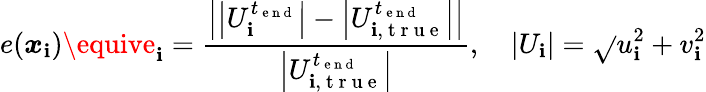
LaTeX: e(\boldsymbol{x}_{\mathbf{i}})\equive_{\mathbf{i}}=\frac{{\left|\left|U_{\mathbf{i}}^{t_{\mathrm{{~e~n~d~}}}}\right|-\left|U_{\mathbf{i},\mathrm{{~t~r~u~e~}}}^{t_{\mathrm{{~e~n~d~}}}}\right|\right|}}{{\left|U_{\mathbf{i},\mathrm{{~t~r~u~e~}}}^{t_{\mathrm{{~e~n~d~}}}}\right|}},\quad\left|U_{\mathbf{i}}\right|=\sqrt{}{{u_{\mathbf{i}}^{2}+v_{\mathbf{i}}^{2}}}